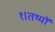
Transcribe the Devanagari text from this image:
१।तथ्यों